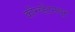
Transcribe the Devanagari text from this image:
कॉन्व्हेंटमधून